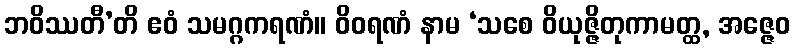
ဘဝိဿတီ’တိ ဧဝံ သမဂ္ဂကရဏံ။ ဝိဝရဏံ နာမ ‘သစေ ဝိယုဇ္ဇိတုကာမတ္ထ, အဇ္ဇေဝ